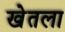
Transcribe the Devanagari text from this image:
खेतला